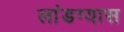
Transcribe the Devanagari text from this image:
लांडग्यास